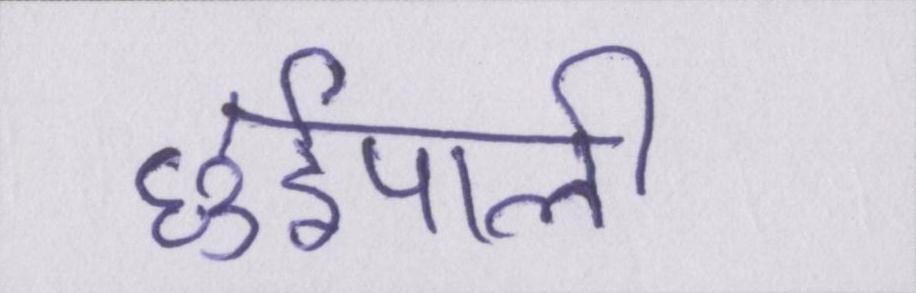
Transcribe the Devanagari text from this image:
छुईपाली